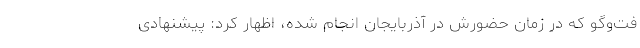
فت‌وگو که در زمان حضورش در آذربایجان انجام شده، اظهار کرد: پیشنهادی